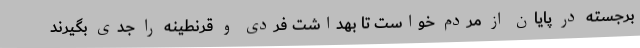
برجسته در پایان از مردم خواست تا بهداشت فردی و قرنطینه را جدی بگیرند